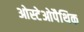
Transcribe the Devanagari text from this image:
ओस्टेओपैथिक